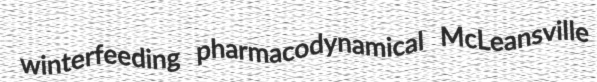
winterfeeding pharmacodynamical McLeansville